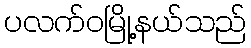
ပလက်ဝမြို့နယ်သည်